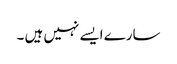
سارے ایسے نہیں ہیں ۔